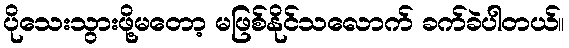
ပိုသေးသွားဖို့မတော့ မဖြစ်နိုင်သလောက် ခက်ခဲပါတယ်။